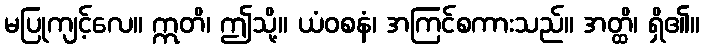
မပြုကျင့်လေ။ ဣတိ၊ ဤသို့။ ယံဝစနံ၊ အကြင်စကားသည်။ အတ္ထိ၊ ရှိ၏။